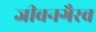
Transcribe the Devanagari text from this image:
जीवनगैरव